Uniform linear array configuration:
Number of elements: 32
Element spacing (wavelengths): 0.75
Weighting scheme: hann
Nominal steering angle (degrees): -45
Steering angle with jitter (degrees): -46.93
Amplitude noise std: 0.05
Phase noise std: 0.05

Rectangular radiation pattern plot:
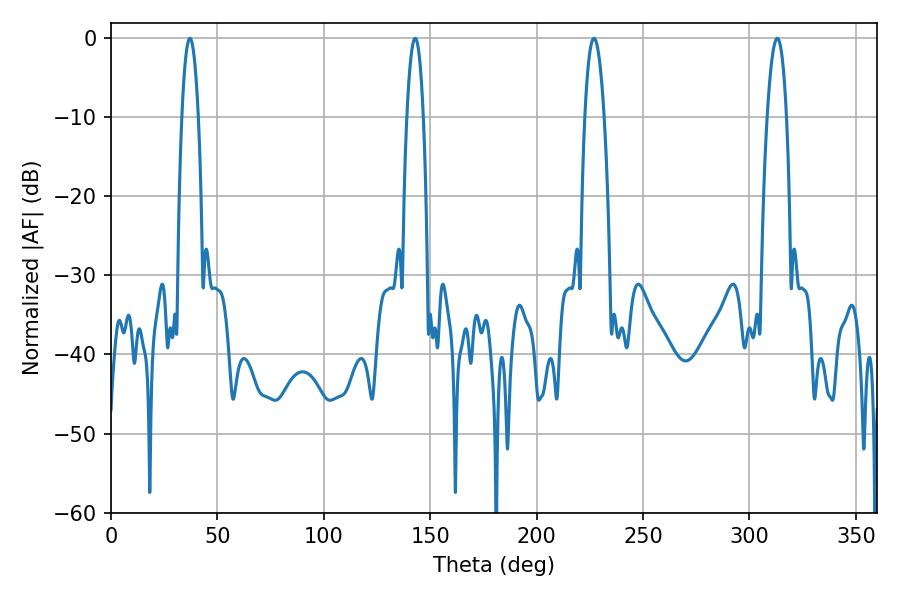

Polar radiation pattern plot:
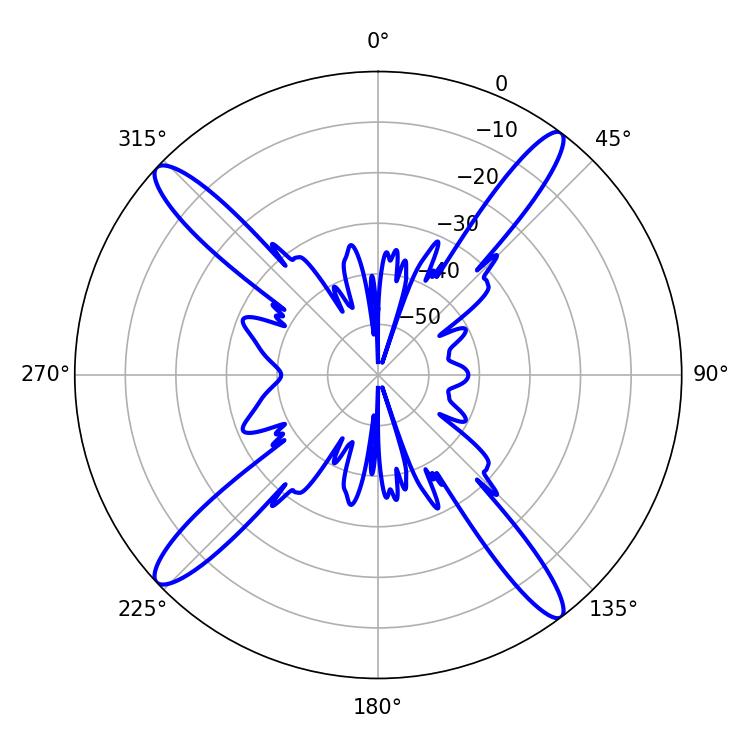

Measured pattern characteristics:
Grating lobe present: TRUE
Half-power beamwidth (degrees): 4.32
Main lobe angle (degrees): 37.08